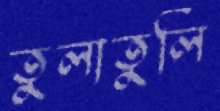
তুলাতুলি